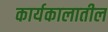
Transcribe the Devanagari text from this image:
कार्यकालातील